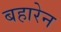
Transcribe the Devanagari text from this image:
बहारेन